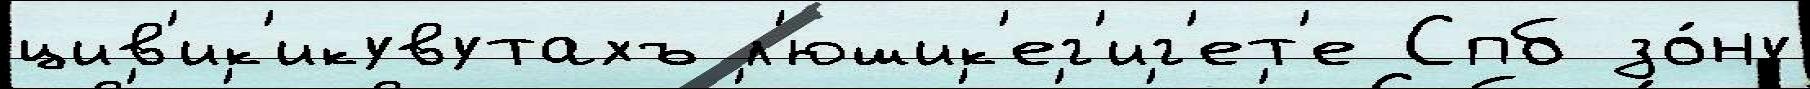
цив'ик'икувутахъ л'юшик'ег'иг'ет'е Спб зо́ну